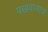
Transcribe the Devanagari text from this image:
पखवाजाचा